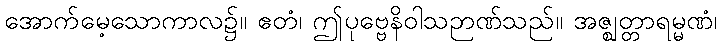
အောက်မေ့သောကာလ၌။ ဧတံ၊ ဤပုဗ္ဗေနိဝါသဉာဏ်သည်။ အဇ္ဈတ္တာရမ္မဏံ၊